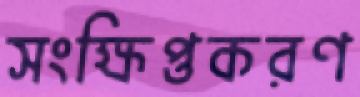
সংক্ষিপ্তকরণ